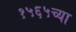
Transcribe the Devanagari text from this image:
१५६५च्या